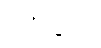
ဥဒုက္ခလံ